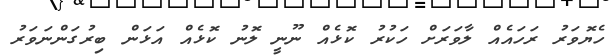
ހެޔޮވަރު ރަހައެއް ލާވަރަށް ހަކުރު ކޮޅެއް ނޫނީ ލޮނު ކޮޅެއް އަޅަން ބިރުގަންނަވަރު